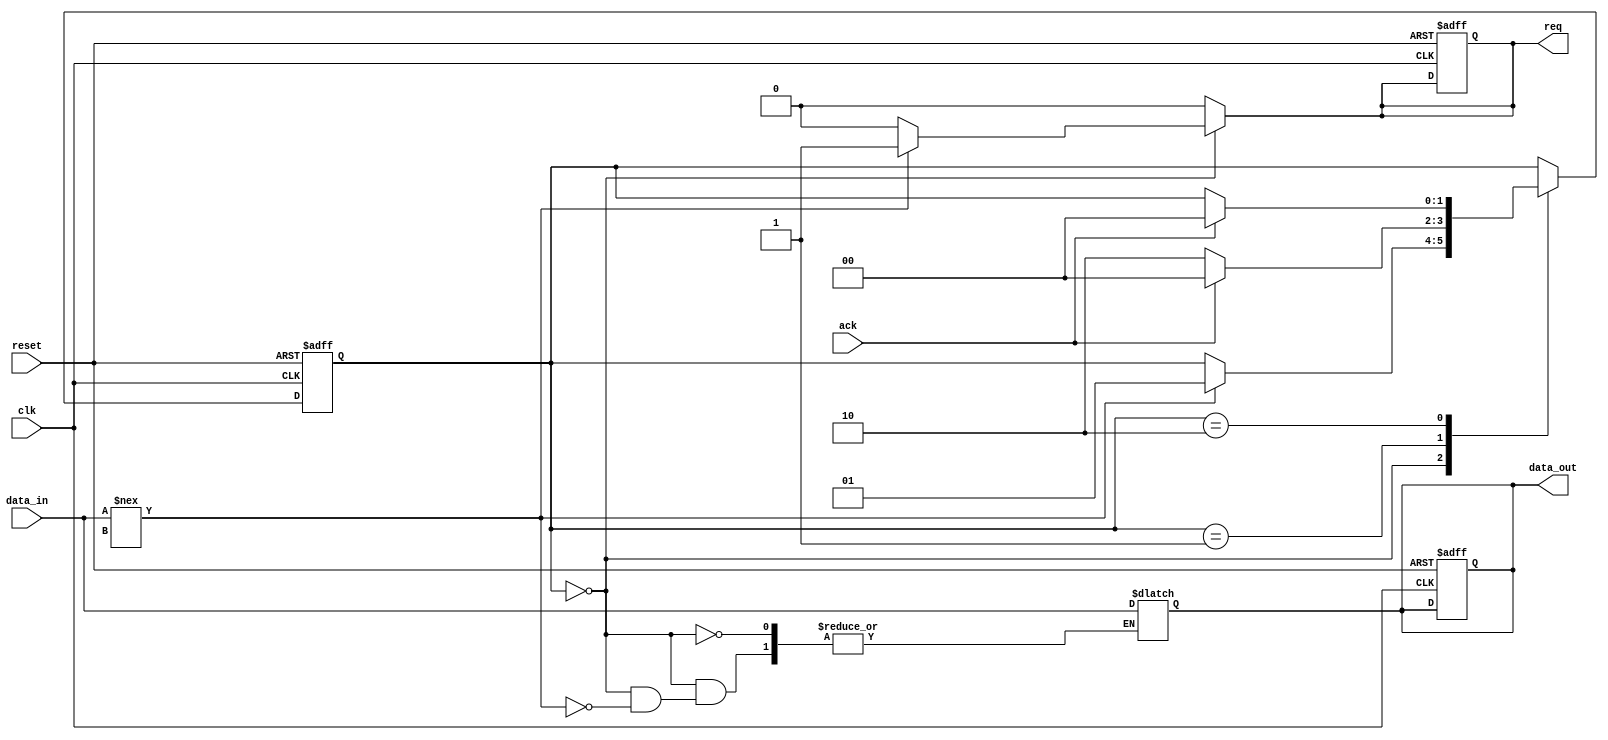
module sender (
    input wire clk,
    input wire reset,
    input wire [7:0] data_in,  // 8-bit data input
    output reg req,            // Request signal
    input wire ack,            // Acknowledge signal
    output reg [7:0] data_out  // Data output for handshake
);

    parameter WAIT = 2'b00, REQUEST = 2'b01, WAIT_ACK = 2'b10;
    reg [1:0] state, next_state;

    always @(posedge clk or posedge reset) begin
        if (reset) begin
            state <= WAIT;
            req <= 0;
            data_out <= 8'd0;
        end else begin
            state <= next_state;
        end
    end

    always @* begin
        // Default values
        next_state = state;
        req = 0;
        case (state)
            WAIT: begin
                if (data_in !== 8'dx) begin // Data is valid
                    data_out = data_in;
                    req = 1;
                    next_state = REQUEST;
                end
            end
            REQUEST: begin
                if (ack) begin // Acknowledge received
                    req = 0;
                    next_state = WAIT;
                end else begin
                    next_state = WAIT_ACK;
                end
            end
            WAIT_ACK: begin
                if (ack) begin
                    req = 0;
                    next_state = WAIT;
                end
            end
        endcase
    end
endmodule